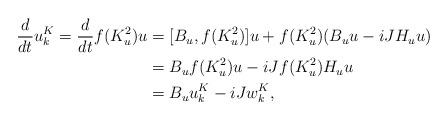
LaTeX: \begin{align*} \frac{d}{dt}u_k^K=\frac{d}{dt}f(K_u^2)u&=[B_u,f(K_u^2)]u+f(K_u^2)(B_uu-iJH_uu)\\&=B_uf(K_u^2)u-iJf(K_u^2)H_uu\\&=B_uu_k^K-iJw_k^K,\end{align*}